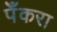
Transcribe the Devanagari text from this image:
पेँकरा